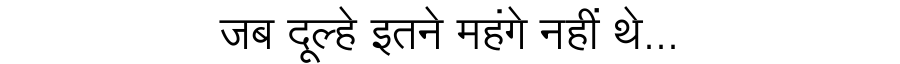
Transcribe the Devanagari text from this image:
जब दूल्हे इतने महंगे नहीं थे...